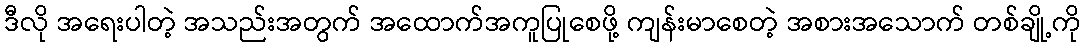
ဒီလို အရေးပါတဲ့ အသည်းအတွက် အထောက်အကူပြုစေဖို့ ကျန်းမာစေတဲ့ အစားအသောက် တစ်ချို့ကို